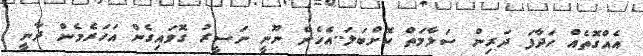
އެއްގޮތެއް ހަދާފަ ދަރިން ސަލާމަތް ކޮށްބަލަ..އެހެން ނޫނީ ނަސީރު ގޮވައިގެން އަހަރެމެން ދާނީ